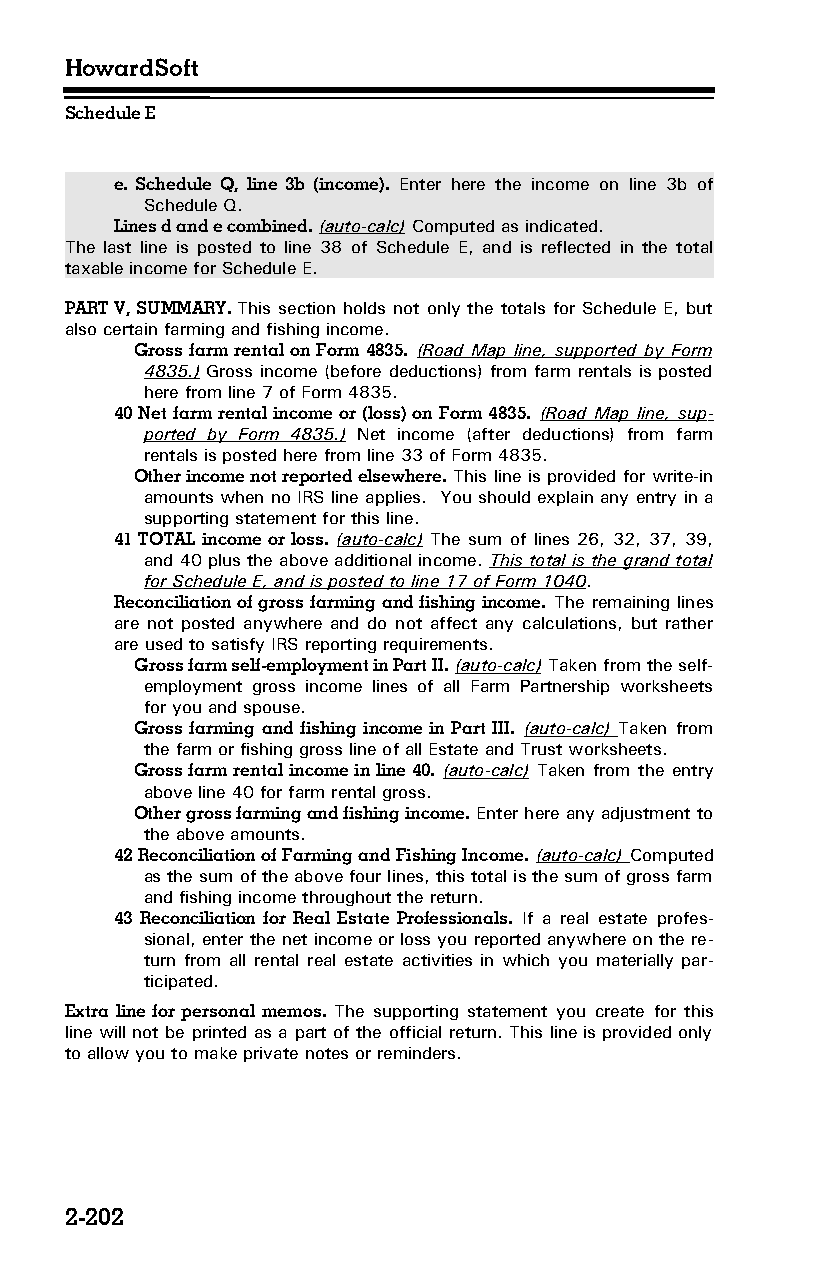
HowardSoft
 Schedule E
 e. Schedule Q, line 3b (income). Enter here the income on line 3b of
 Schedule Q.
 Lines d and e combined. (auto-calc) Computed as indicated.
 The last line is posted to line 38 of Schedule E, and is reflected in the total
 taxable income for Schedule E.
 PART V, SUMMARY. This section holds not only the totals for Schedule E, but
 also certain farming and fishing income.
 Gross farm rental on Form 4835. (Road Map line, supported by Form
 4835.) Gross income (before deductions) from farm rentals is posted
 here from line 7 of Form 4835.
 40 Net farm rental income or (loss) on Form 4835. (Road Map line, sup­
 ported by Form 4835.) Net income (after deductions) from farm
 rentals is posted here from line 33 of Form 4835.
 Other income not reported elsewhere. This line is provided for write-in
 amounts when no IRS line applies. You should explain any entry in a
 supporting statement for this line.
 41 TOTAL income or loss. (auto-calc) The sum of lines 26, 32, 37, 39,
 and 40 plus the above additional income. This total is the grand total
 for Schedule E, and is posted to line 17 of Form 1040.
 Reconciliation of gross farming and fishing income. The remaining lines
 are not posted anywhere and do not affect any calculations, but rather
 are used to satisfy IRS reporting requirements.
 Gross farm self-employment in Part II. (auto-calc) Taken from the self-
 employment gross income lines of all Farm Partnership worksheets
 for you and spouse.
 Gross farming and fishing income in Part III. (auto-calc) Taken from
 the farm or fishing gross line of all Estate and Trust worksheets.
 Gross farm rental income in line 40. (auto-calc) Taken from the entry
 above line 40 for farm rental gross.
 Other gross farming and fishing income. Enter here any adjustment to
 the above amounts.
 42 Reconciliation of Farming and Fishing Income. (auto-calc) Computed
 as the sum of the above four lines, this total is the sum of gross farm
 and fishing income throughout the return.
 43 Reconciliation for Real Estate Professionals. If a real estate profes­
 sional, enter the net income or loss you reported anywhere on the re­
 turn from all rental real estate activities in which you materially par­
 ticipated.
 Extra line for personal memos. The supporting statement you create for this
 line will not be printed as a part of the official return. This line is provided only
 to allow you to make private notes or reminders.
 2-202